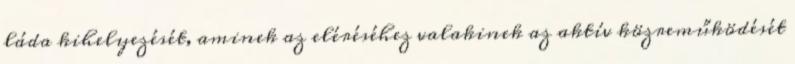
láda kihelyezését, aminek az eléréséhez valakinek az aktív közreműködését